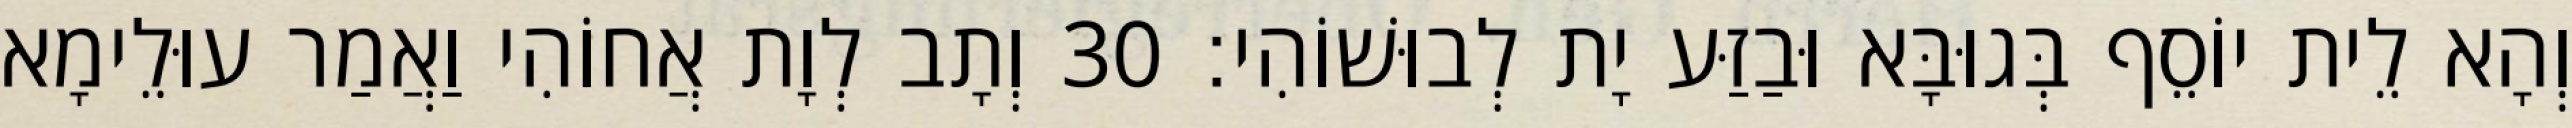
וְהָא לֵית יוֹסֵף בְּגוּבָּא וּבַזַּע יָת לְבוּשׁוֹהִי׃ 30 וְתָב לְוָת אֲחוֹהִי וַאֲמַר עוּלֵימָא